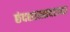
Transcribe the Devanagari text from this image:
छंदशास्त्रावरच्या